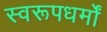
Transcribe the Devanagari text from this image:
स्वरूपधर्मों